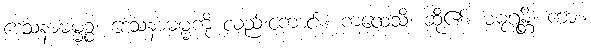
ဒေသနာဓမ္မဉ္စ၊ ဒေသနာဓမ္မကို လည်းကောင်း။ ကထေသိ၊ ဆို၏။ မဓုရန္တိ၊ ကား။